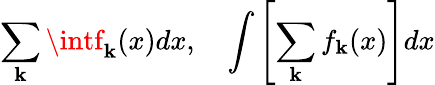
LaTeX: \sum_{\mathbf{k}}\intf_{\mathbf{k}}(x)dx,\quad\int\left[\sum_{\mathbf{k}}f_{\mathbf{k}}(x)\right]dx